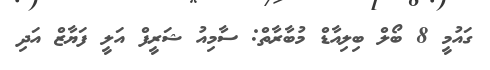
ގައުމީ 8 ބޯލް ބިލިއާޑް މުބާރާތް: ސާމިއު ޝަރީފް އަލީ ފަޔާޒް އަދި